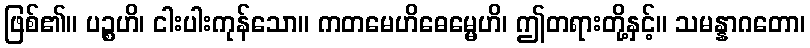
ဖြစ်၏။ ပဉ္စဟိ၊ ငါးပါးကုန်သော။ ကတမေဟိဓေမ္မေဟိ၊ ဤတရားတို့နှင့်။ သမန္နာဂတော၊